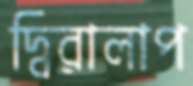
দ্বিরালাপ